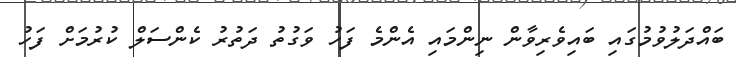
ބައްދަލުވުމުގައި ބައިވެރިވާން ނިންމައި އެންމެ ފަހު ވަގުތު ދަތުރު ކެންސަލް ކުުރުމަށް ފަހު